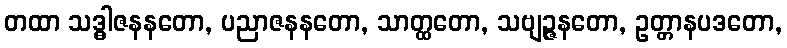
တထာ သဒ္ဓါဇနနတော, ပညာဇနနတော, သာတ္ထတော, သဗျဉ္ဇနတော, ဥတ္တာနပဒတော,